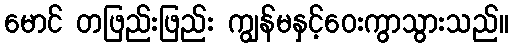
မောင် တဖြည်းဖြည်း ကျွန်မနှင့်ဝေးကွာသွားသည်။